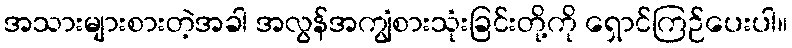
အသားများစားတဲ့အခါ အလွန်အကျွံစားသုံးခြင်းတို့ကို ရှောင်ကြဉ်ပေးပါ။